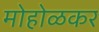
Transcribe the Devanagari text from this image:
मोहोळकर